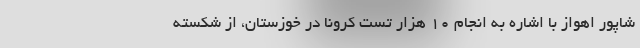
شاپور اهواز با اشاره به انجام ۱۰ هزار تست کرونا در خوزستان، از شکسته